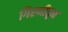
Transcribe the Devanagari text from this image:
गिरणीतून